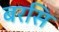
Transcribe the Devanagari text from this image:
बरसि